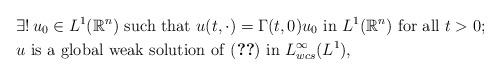
LaTeX: \begin{align*}&\exists !\,u_0\in L^1({\mathbb{R}}^n)\mbox{ such that }u(t,\cdot)=\Gamma(t,0)u_0\mbox{ in }L^1({\mathbb{R}}^n)\mbox{ for all }t>0;\\&u \mbox{ is a global weak solution of \eqref{eq1} in } L^\infty_{wcs}(L^1),\end{align*}